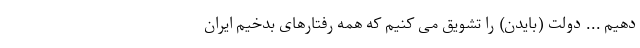
دهیم ... دولت (بایدن) را تشویق می كنیم كه همه رفتارهای بدخیم ایران